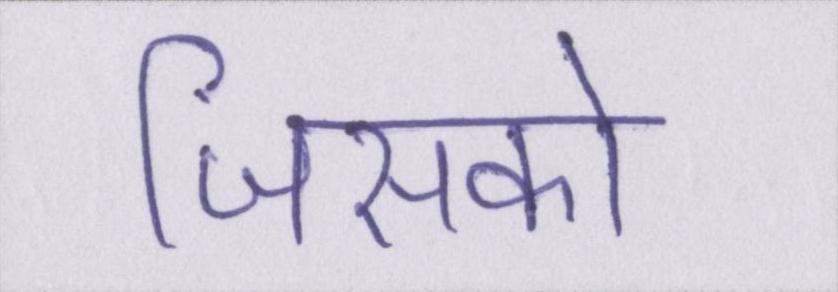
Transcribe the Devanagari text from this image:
जिसको